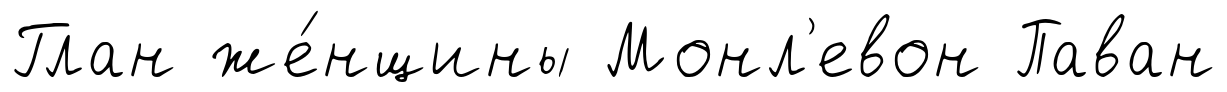
Глан же́нщины Монл'евон Паван